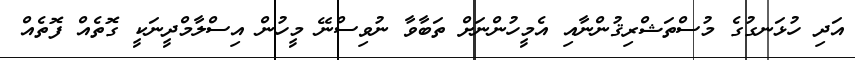
އަދި ހުޅަނގުގެ މުސްތަޝްރިޤުންނާއި އެމީހުންނަށް ތަބާވާ ނުވިސްނޭ މީހުން އިސްލާމްދީނަކީ ގޮތެއް ފޮތެއް